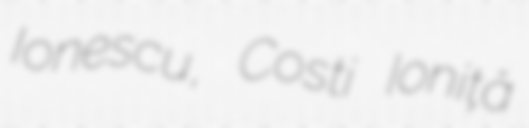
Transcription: Ionescu, Costi Ioniță